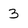
Character: 3